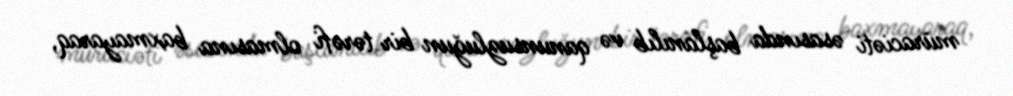
müraciəti əsasında başlanılıb və qanunsuzluğun bir tərəfi olmasına baxmayaraq,